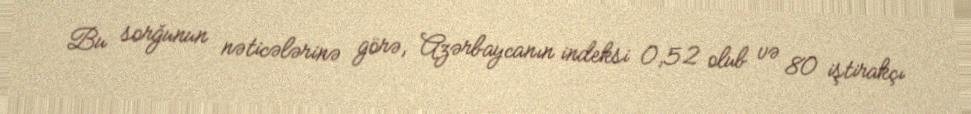
Bu sorğunun nəticələrinə görə, Azərbaycanın indeksi 0,52 olub və 80 iştirakçı